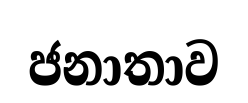
ජනාතාව